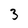
Character: 3